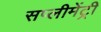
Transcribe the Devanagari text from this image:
सप्लीमेंट्री